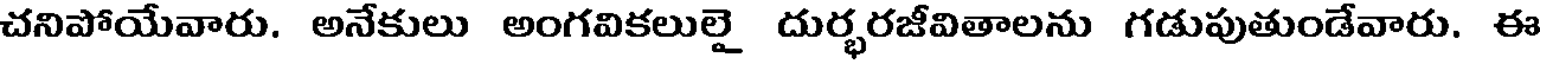
చనిపోయేవారు. అనేకులు అంగవికలులై దుర్భరజీవితాలను గడుపుతుండేవారు. ఈ